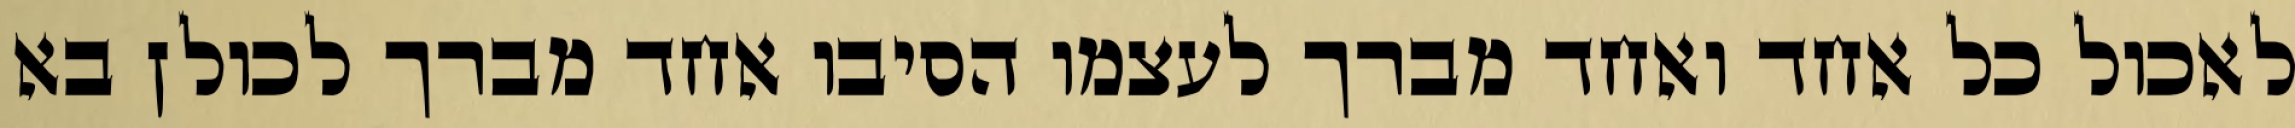
לאכול כל אחד ואחד מברך לעצמו הסיבו אחד מברך לכולן בא